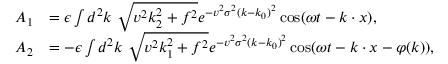
\begin{array} { r l } { A _ { 1 } } & { = \epsilon \int d ^ { 2 } k \ { \sqrt { v ^ { 2 } k _ { 2 } ^ { 2 } + f ^ { 2 } } } e ^ { - v ^ { 2 } \sigma ^ { 2 } ( k - k _ { 0 } ) ^ { 2 } } \cos ( \omega t - k \cdot x ) , } \\ { A _ { 2 } } & { = - \epsilon \int d ^ { 2 } k \ { \sqrt { v ^ { 2 } k _ { 1 } ^ { 2 } + f ^ { 2 } } } e ^ { - v ^ { 2 } \sigma ^ { 2 } ( k - k _ { 0 } ) ^ { 2 } } \cos ( \omega t - k \cdot x - \varphi ( k ) ) , } \end{array}